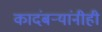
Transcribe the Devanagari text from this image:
कादंबर्‍यांनीही